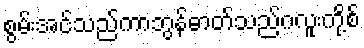
စွမ်းအင်သည်ကာဘွန်ဓာတ်သည်ဂလူးကို့စ်